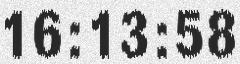
16:13:58